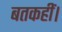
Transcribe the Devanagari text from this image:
बतकहीं।